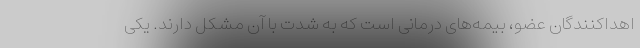
اهداکنندگان عضو، بیمه‌های درمانی است که به شدت با آن مشکل دارند. یکی